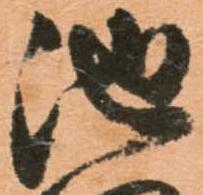
池